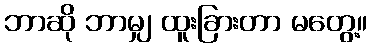
ဘာဆို ဘာမျှ ထူးခြားတာ မတွေ့။